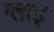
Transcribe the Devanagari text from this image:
ग्लाइ